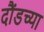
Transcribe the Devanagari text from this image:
दौंडच्या